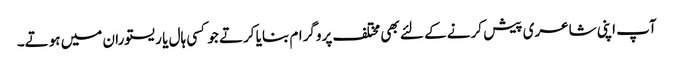
آپ اپنی شاعری پیش کرنے کے لئے بھی مختلف پروگرام بنایا کرتے جو کسی ہال یا ریستوران میں ہوتے۔